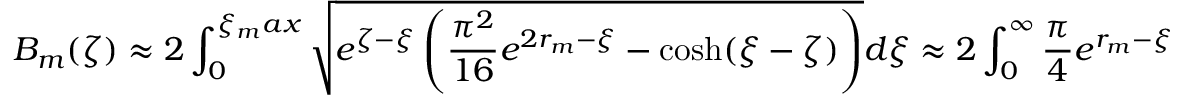
B _ { m } ( \zeta ) \approx 2 \int _ { 0 } ^ { \xi _ { m } a x } \sqrt { e ^ { \zeta - \xi } \left( \frac { \pi ^ { 2 } } { 1 6 } e ^ { 2 r _ { m } - \xi } - \cosh ( \xi - \zeta ) \right) } d \xi \approx 2 \int _ { 0 } ^ { \infty } \frac { \pi } { 4 } e ^ { r _ { m } - \xi + \zeta / 2 } d \xi = \frac { \pi } { 2 } e ^ { r _ { m } + \zeta / 2 } \approx \frac { 1 } { 2 } \frac { m } { \nu } e ^ { \zeta / 2 } ,